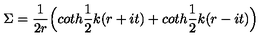
\Sigma = \frac { 1 } { 2 r } \Bigl ( c o t h \frac { 1 } { 2 } k ( r + i t ) + c o t h \frac { 1 } { 2 } k ( r - i t ) \Bigr )